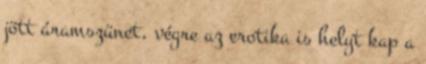
jött áramszünet, végre az erotika is helyt kap a